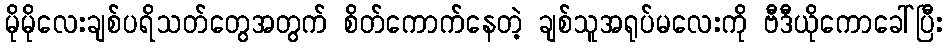
မိုမိုလေးချစ်ပရိသတ်တွေအတွက် စိတ်ကောက်နေတဲ့ ချစ်သူအရုပ်မလေးကို ဗီဒီယိုကောခေါ်ပြီး